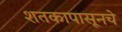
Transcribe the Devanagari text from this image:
शतकापासूनचे